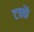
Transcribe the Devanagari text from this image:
टक्कें